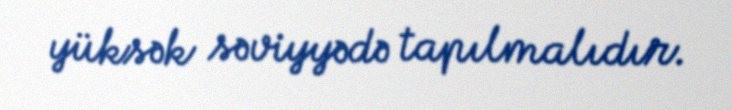
yüksək səviyyədə tapılmalıdır.